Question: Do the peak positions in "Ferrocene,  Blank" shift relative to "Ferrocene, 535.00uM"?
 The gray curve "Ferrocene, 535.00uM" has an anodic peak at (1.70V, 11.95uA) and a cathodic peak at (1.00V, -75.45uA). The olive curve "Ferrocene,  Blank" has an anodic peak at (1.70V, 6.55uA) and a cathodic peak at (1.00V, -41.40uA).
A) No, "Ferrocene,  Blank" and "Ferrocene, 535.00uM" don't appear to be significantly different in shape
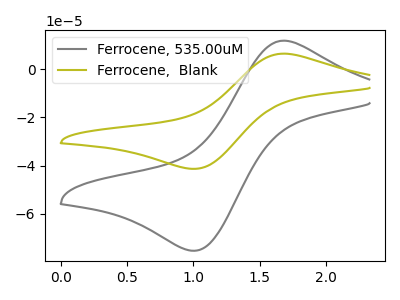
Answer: <think>All the peaks in "Ferrocene,  Blank" have a peak in "Ferrocene, 535.00uM" at the same potential. Every peak in "Ferrocene,  Blank" is lower than every peak in "Ferrocene, 535.00uM".
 </think>
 <answer>A) No, "Ferrocene,  Blank" and "Ferrocene, 535.00uM" don't appear to be significantly different in shape</answer>
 <eval>A</eval>